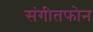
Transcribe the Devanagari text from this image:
संगीतफोन